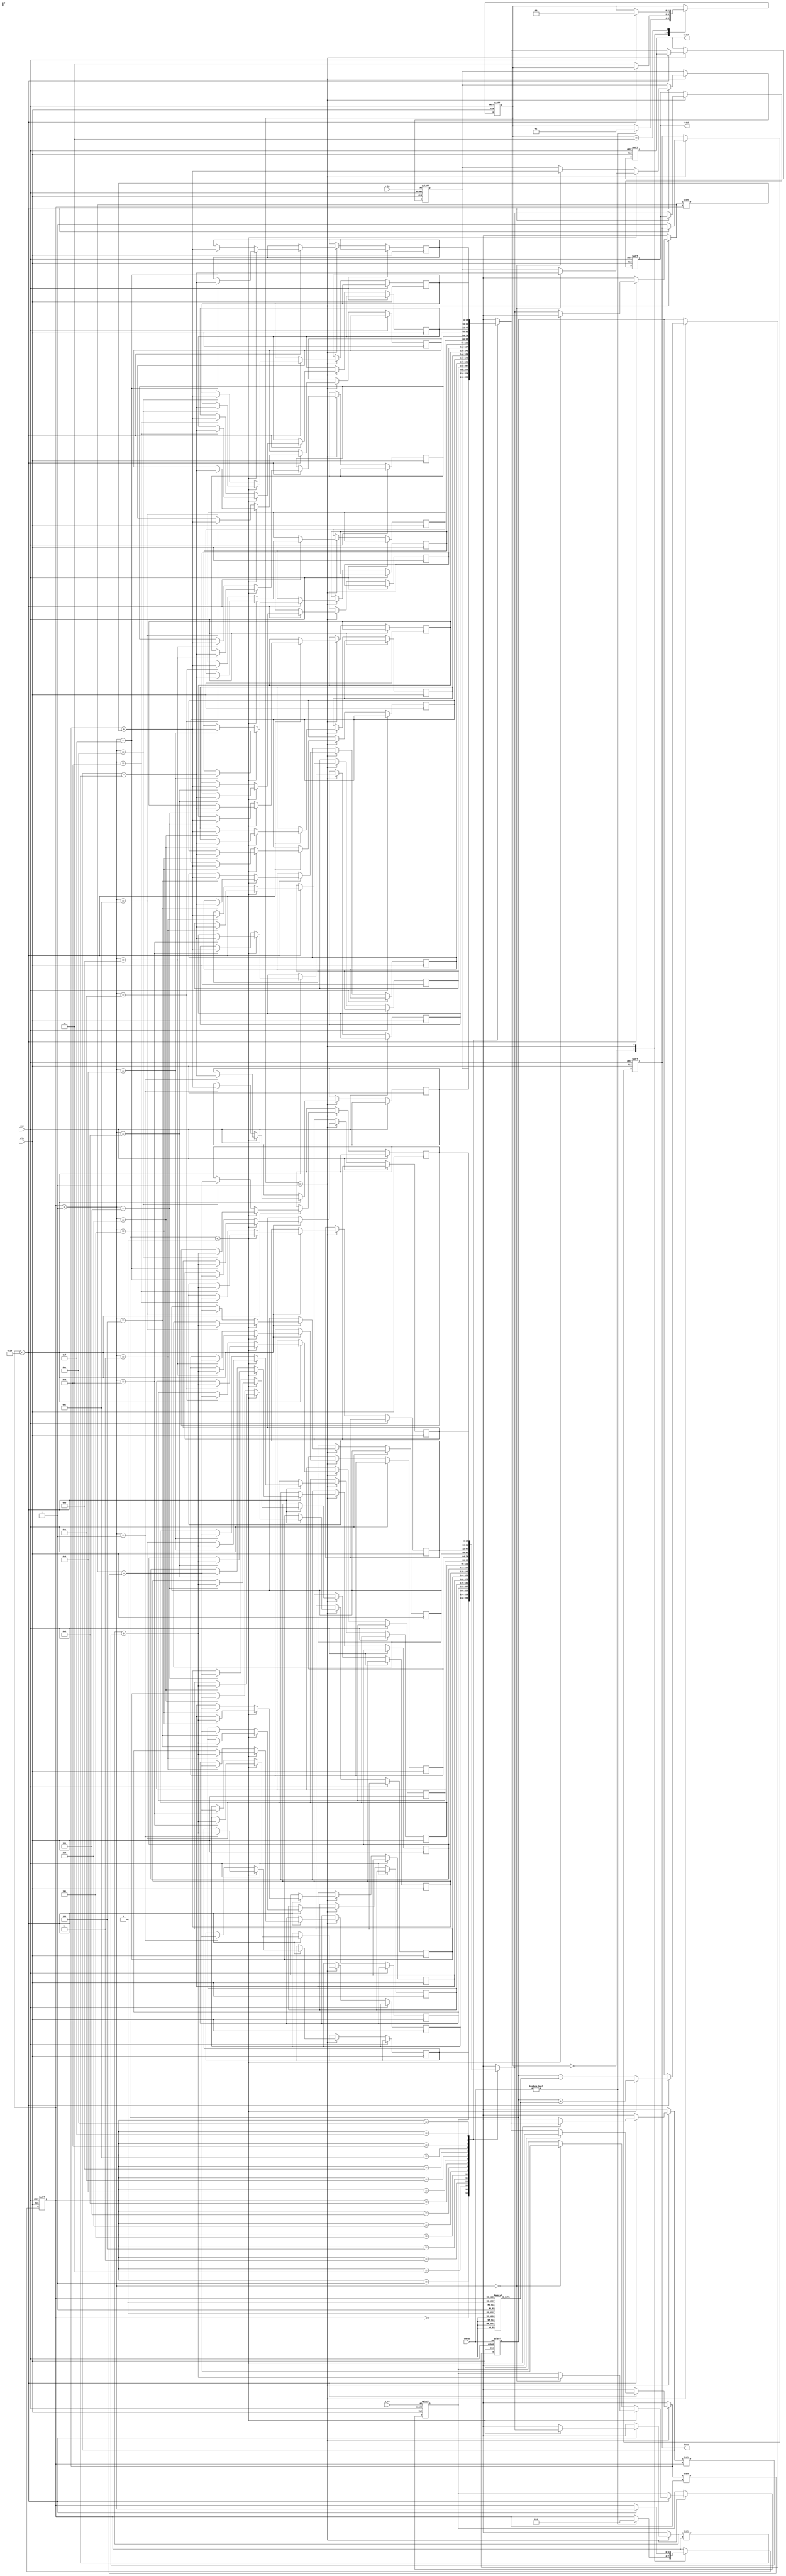
module cordic_fixed_point #(
    parameter N = 16,                // Number of iterations
    parameter WIDTH = 16,            // Total bit-width for fixed-point representation
    parameter FRACTIONAL_BITS = 12    // Number of fractional bits
)(
    input wire clk,                  // Clock signal
    input wire rst,                  // Reset signal
    input wire [WIDTH-1:0] theta,    // Input angle in fixed-point format
    input wire [WIDTH-1:0] x_in,      // Initial x vector
    input wire [WIDTH-1:0] y_in,      // Initial y vector
    output reg [WIDTH-1:0] x_out,     // Output x after CORDIC
    output reg [WIDTH-1:0] y_out,     // Output y after CORDIC
    output reg done                   // Done signal
);

    // CORDIC rotation angles (arctan(2^-i) in fixed-point)
    reg [WIDTH-1:0] atan_table [0:N-1];
    initial begin
        atan_table[0] = 16'h2000; // arctan(1) = pi/4
        atan_table[1] = 16'h1000; // arctan(1/2)
        atan_table[2] = 16'h0800; // arctan(1/4)
        atan_table[3] = 16'h0400; // arctan(1/8)
        // Add more values as needed...
    end

    // State variables
    reg [WIDTH-1:0] x [0:N-1]; // x values for each iteration
    reg [WIDTH-1:0] y [0:N-1]; // y values for each iteration
    reg [WIDTH-1:0] z;          // Remaining angle
    reg [3:0] iteration;        // Current iteration count
    reg [1:0] state;            // FSM state

    // State machine states
    localparam IDLE = 2'b00;
    localparam RUN = 2'b01;
    localparam DONE = 2'b10;

    // CORDIC iteration logic
    always @(posedge clk or posedge rst) begin
        if (rst) begin
            // Reset state
            iteration <= 0;
            state <= IDLE;
            done <= 0;
            x[0] <= x_in;
            y[0] <= y_in;
            z <= theta;
            x_out <= 0;
            y_out <= 0;
        end else begin
            case (state)
                IDLE: begin
                    if (theta != 0) begin
                        state <= RUN;
                        iteration <= 0;
                    end
                end

                RUN: begin
                    if (iteration < N) begin
                        // CORDIC rotation logic
                        if (z < 0) begin
                            // Rotate clockwise
                            x[iteration + 1] <= x[iteration] + (y[iteration] >>> iteration);
                            y[iteration + 1] <= y[iteration] - (x[iteration] >>> iteration);
                            z <= z + atan_table[iteration];
                        end else begin
                            // Rotate counter-clockwise
                            x[iteration + 1] <= x[iteration] - (y[iteration] >>> iteration);
                            y[iteration + 1] <= y[iteration] + (x[iteration] >>> iteration);
                            z <= z - atan_table[iteration];
                        end
                        iteration <= iteration + 1;
                    end else begin
                        // Final output after all iterations
                        x_out <= x[iteration];
                        y_out <= y[iteration];
                        done <= 1;
                        state <= DONE;
                    end
                end

                DONE: begin
                    // Stay in DONE state until reset
                    if (rst) begin
                        state <= IDLE;
                    end
                end
            endcase
        end
    end

endmodule